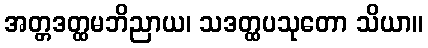
အတ္တဒတ္ထမဘိညာယ၊ သဒတ္ထပသုတော သိယာ။